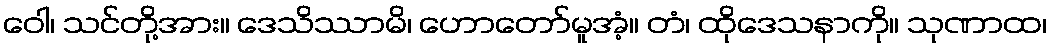
ဝေါ၊ သင်တို့အား။ ဒေသိဿာမိ၊ ဟောတော်မူအံ့။ တံ၊ ထိုဒေသနာကို။ သုဏာထ၊